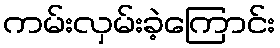
ကမ်းလှမ်းခဲ့ကြောင်း